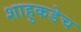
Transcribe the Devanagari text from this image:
शाहुकडेच